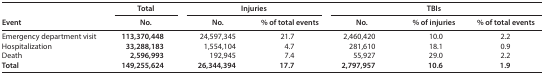
| <ROWSPAN=2> Event | Total | <COLSPAN=2> Injuries | <COLSPAN=3> TBIs |
 | No. | No. | % of total events | No. | % of injuries | % of total events |
 | --- | --- | --- | --- | --- | --- | --- |
 | Emergency department visit | 113,370,448 | 24,597,345 | 21.7 | 2,460,420 | 10.0 | 2.2 |
 | Hospitalization | 33,288,183 | 1,554,104 | 4.7 | 281,610 | 18.1 | 0.9 |
 | Death | 2,596,993 | 192,945 | 7.4 | 55,927 | 29.9 | 2.2 |
 | Total | 149,255,624 | 26,344,394 | 17.7 | 2,797,957 | 10.6 | 1.9 |